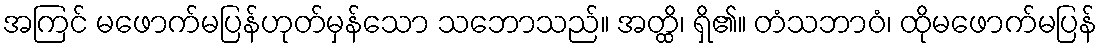
အကြင် မဖောက်မပြန်ဟုတ်မှန်သော သဘောသည်။ အတ္ထိ၊ ရှိ၏။ တံသဘာဝံ၊ ထိုမဖောက်မပြန်